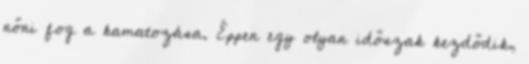
nőni fog a kamatozása. Éppen egy olyan időszak kezdődik,